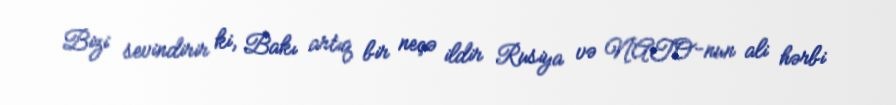
Bizi sevindirir ki, Bakı artıq bir neçə ildir Rusiya və NATO-nun ali hərbi